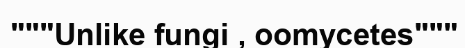
"""Unlike fungi , oomycetes"""